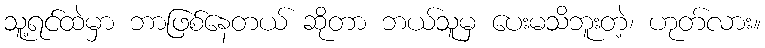
သူ့ရင်ထဲမှာ ဘာဖြစ်နေတယ် ဆိုတာ ဘယ်သူမှ ပေးမသိဘူးတဲ့၊ ဟုတ်လား။